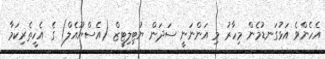
އެހެންވެ އަޅުގަނޑުމެން މިހާރު މި އަންނަނީ ސަދަން ޔުޓިލިޓީޒް (އެސްޔޫއެލް) ގެ އެހީތެރިކަމާ